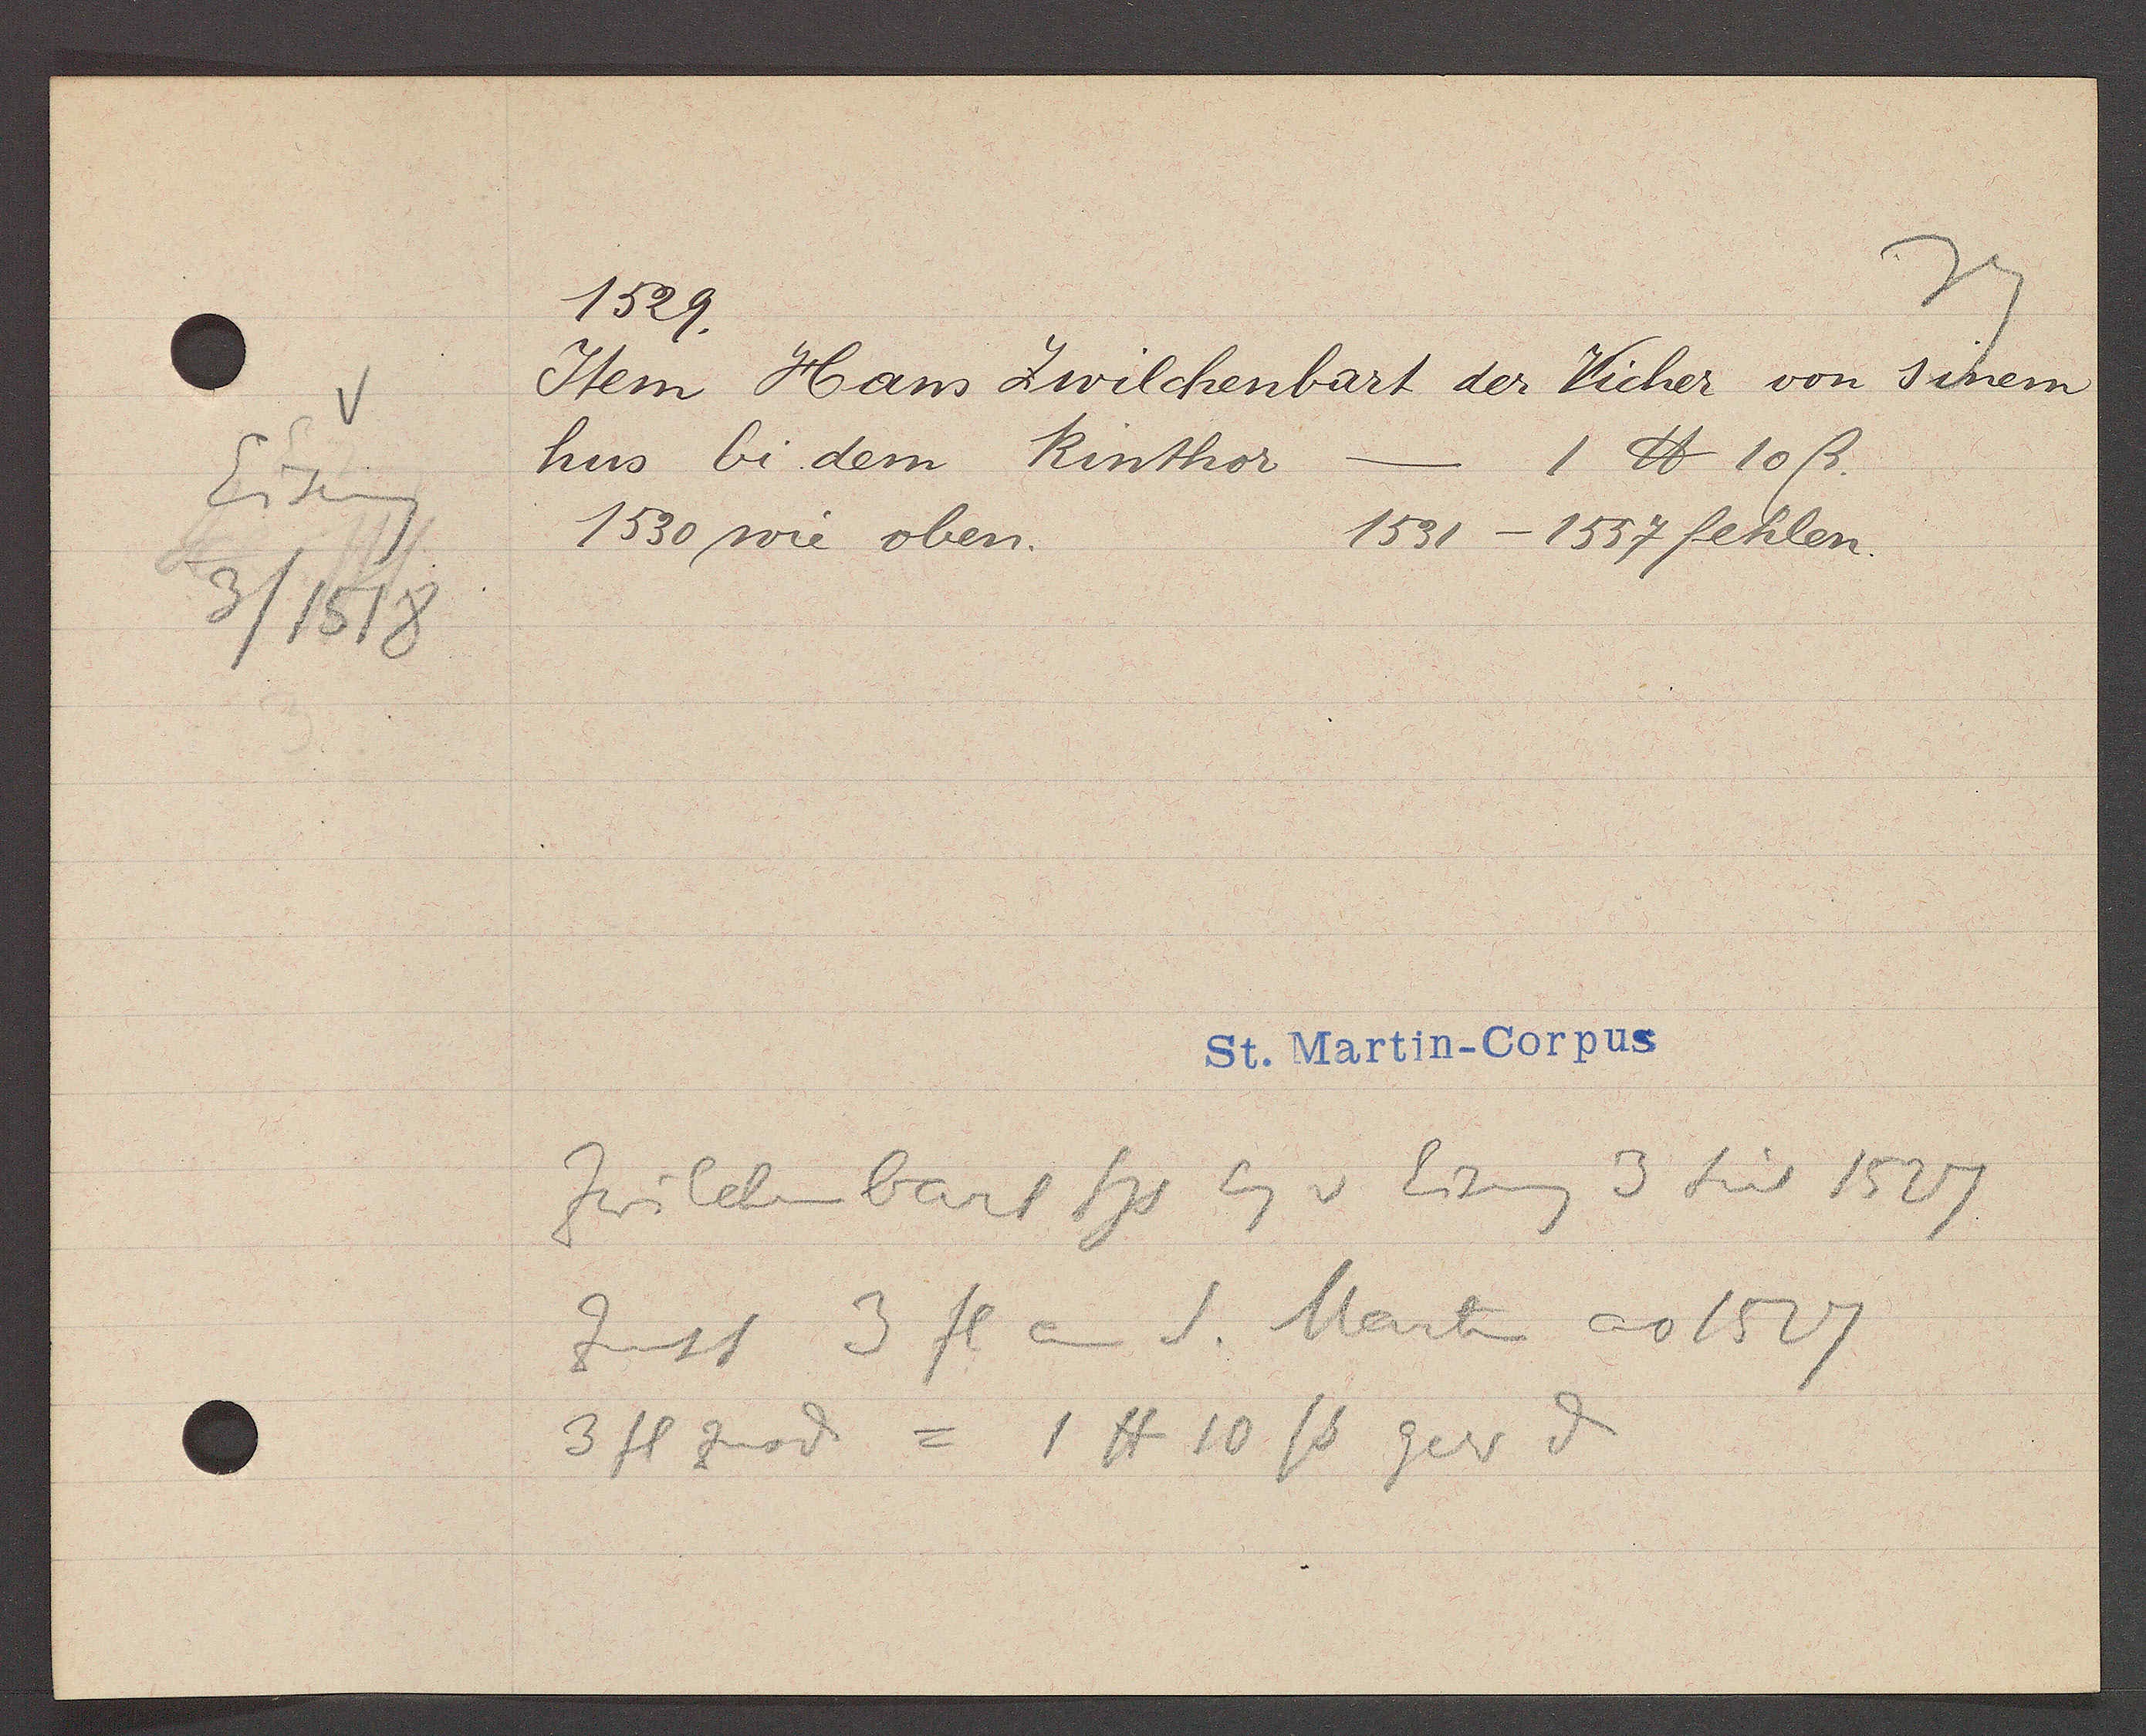
Transcript:
Eiseng
3/1518

1529.
Item Hans Zwilchenbart der Vicher von sinem
hus bi dem Rinthor - 1 ℔ 10ß.
1530 wie oben. 1531-1557 fehlen.
Zwilchenbart Hs Eg v Eiseng 3 seit 1527
Zinst 3 fl an S. Marti ao 1527
3 fl zuod? = 1 ℔ 10 ß gesr? d